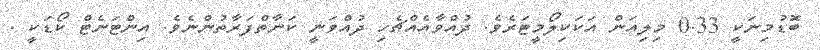
ބޮޑުމިނަކީ 0.33 މިލިއަން އަކަކިލޯމީޓަރެވެ. ދުއްވާއެއްޗެހި ދުއްވަނީ ކަނާތްފަރާތުންނެވެ. އިންޓަނެޓް ކޯޑަކީ .